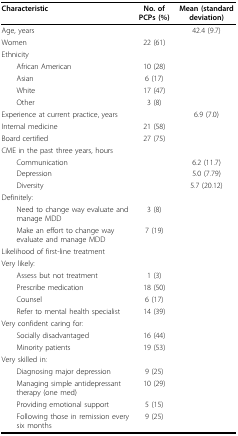
<table><thead><tr><td><b>Characteristic</b></td><td><b>No. of PCPs (%)</b></td><td><b>Mean (standard deviation)</b></td></tr></thead><tbody><tr><td>Age, years</td><td></td><td>42.4 (9.7)</td></tr><tr><td>Women</td><td>22 (61)</td><td></td></tr><tr><td>Ethnicity</td><td></td><td></td></tr><tr><td> African American</td><td>10 (28)</td><td></td></tr><tr><td> Asian</td><td>6 (17)</td><td></td></tr><tr><td> White</td><td>17 (47)</td><td></td></tr><tr><td> Other</td><td>3 (8)</td><td></td></tr><tr><td>Experience at current practice, years</td><td></td><td>6.9 (7.0)</td></tr><tr><td>Internal medicine</td><td>21 (58)</td><td></td></tr><tr><td>Board certified</td><td>27 (75)</td><td></td></tr><tr><td>CME in the past three years, hours</td><td></td><td></td></tr><tr><td> Communication</td><td></td><td>6.2 (11.7)</td></tr><tr><td> Depression</td><td></td><td>5.0 (7.79)</td></tr><tr><td> Diversity</td><td></td><td>5.7 (20.12)</td></tr><tr><td>Definitely:</td><td></td><td></td></tr><tr><td> Need to change way evaluate and manage MDD</td><td>3 (8)</td><td></td></tr><tr><td> Make an effort to change way evaluate and manage MDD</td><td>7 (19)</td><td></td></tr><tr><td>Likelihood of first-line treatment</td><td></td><td></td></tr><tr><td>Very likely:</td><td></td><td></td></tr><tr><td> Assess but not treatment</td><td>1 (3)</td><td></td></tr><tr><td> Prescribe medication</td><td>18 (50)</td><td></td></tr><tr><td> Counsel</td><td>6 (17)</td><td></td></tr><tr><td> Refer to mental health specialist</td><td>14 (39)</td><td></td></tr><tr><td>Very confident caring for:</td><td></td><td></td></tr><tr><td> Socially disadvantaged</td><td>16 (44)</td><td></td></tr><tr><td> Minority patients</td><td>19 (53)</td><td></td></tr><tr><td>Very skilled in:</td><td></td><td></td></tr><tr><td> Diagnosing major depression</td><td>9 (25)</td><td></td></tr><tr><td> Managing simple antidepressant therapy (one med)</td><td>10 (29)</td><td></td></tr><tr><td> Providing emotional support</td><td>5 (15)</td><td></td></tr><tr><td> Following those in remission every six months</td><td>9 (25)</td><td></td></tr></tbody></table>